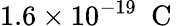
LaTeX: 1.6\times 10^{-19}\ \mathrm{~C~}